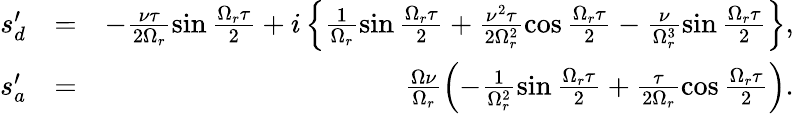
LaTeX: \begin{array}{rlr}{s_{d}^{\prime}}&{=}&{-\frac{\nu\tau}{2\Omega_{r}}\sin\frac{\Omega_{r}\tau}{2}+i\left\{ \frac{1}{\Omega_{r}}\sin\frac{\Omega_{r}\tau}{2}+\frac{\nu^{2}\tau}{2\Omega_{r}^{2}}\cos\frac{\Omega_{r}\tau}{2}-\frac{\nu}{\Omega_{r}^{3}}\sin\frac{\Omega_{r}\tau}{2}\right\} ,}\\ {s_{a}^{\prime}}&{=}&{\frac{\Omega\nu}{\Omega_{r}}\left(-\frac{1}{\Omega_{r}^{2}}\sin\frac{\Omega_{r}\tau}{2}+\frac{\tau}{2\Omega_{r}}\cos\frac{\Omega_{r}\tau}{2}\right).}\end{array}